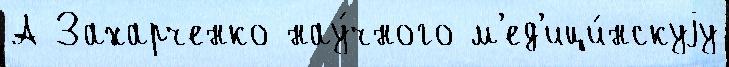
А Захарченко нау́чного м'ед'ици́нскуjу